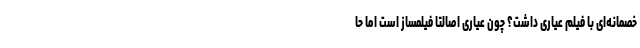
خصمانه‌ای با فیلم عیاری داشت؟ چون عیاری اصالتا فیلمساز است اما حا